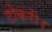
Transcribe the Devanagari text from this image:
टोकरी।